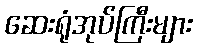
ဆေးရုံအုပ်ကြီးများ